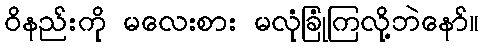
ဝိနည်းကို မလေးစား မလုံခြုံကြလို့ဘဲနော်။